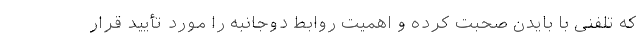
که تلفنی با بایدن صحبت کرده و اهمیت روابط دوجانبه را مورد تأیید قرار